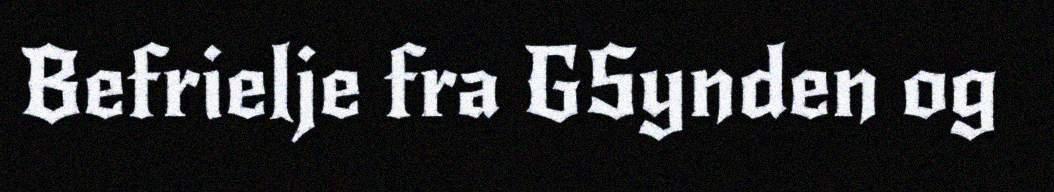
Befrielje fra GSynden og